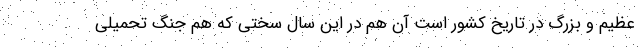
عظیم و بزرگ در تاریخ کشور است آن هم در این سال سختی که هم جنگ تحمیلی